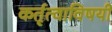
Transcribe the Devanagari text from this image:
कर्तृत्वाविषयी